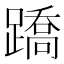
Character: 蹻